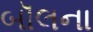
બૉલના